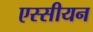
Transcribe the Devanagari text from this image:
एस्सीयन